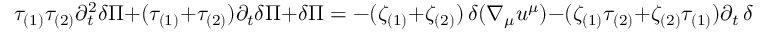
\tau _ { ( 1 ) } \tau _ { ( 2 ) } \partial _ { t } ^ { 2 } \delta \Pi + ( \tau _ { ( 1 ) } + \tau _ { ( 2 ) } ) \partial _ { t } \delta \Pi + \delta \Pi = - ( \zeta _ { ( 1 ) } + \zeta _ { ( 2 ) } ) \, \delta ( \nabla _ { \mu } u ^ { \mu } ) - ( \zeta _ { ( 1 ) } \tau _ { ( 2 ) } + \zeta _ { ( 2 ) } \tau _ { ( 1 ) } ) \partial _ { t } \, \delta ( \nabla _ { \mu } u ^ { \mu } ) \, .